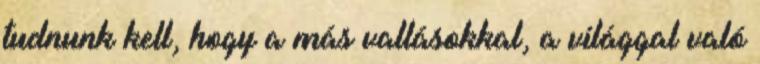
tudnunk kell, hogy a más vallásokkal, a világgal való